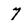
Character: 7